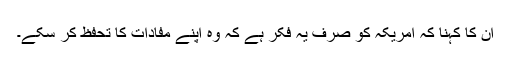
ان کا کہنا کہ امریکہ کو صرف یہ فکر ہے کہ وہ اپنے مفادات کا تحفظ کر سکے۔